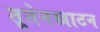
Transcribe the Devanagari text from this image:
तूतेनखाटन